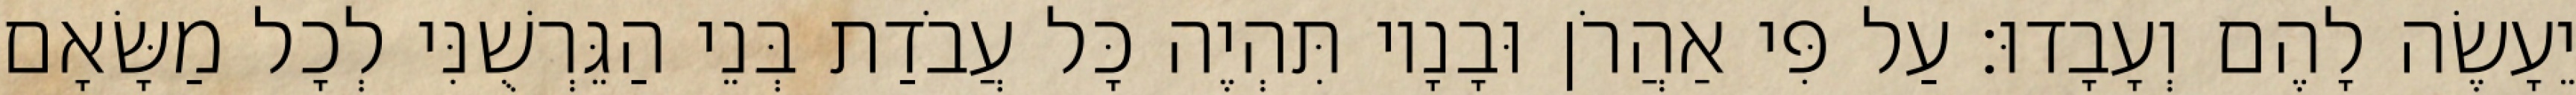
יֵעָשֶׂה לָהֶם וְעָבָדוּ׃ עַל פִּי אַהֲרֹן וּבָנָיו תִּהְיֶה כָּל עֲבֹדַת בְּנֵי הַגֵּרְשֻׁנִּי לְכָל מַשָּׂאָם